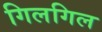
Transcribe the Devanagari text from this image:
गिलगिल